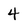
Character: 4